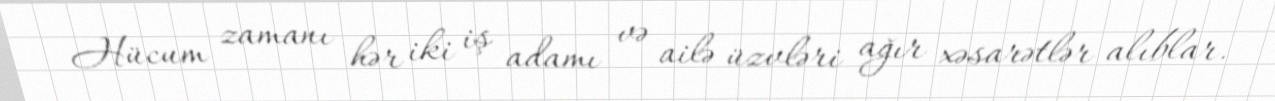
Hücum zamanı hər iki iş adamı və ailə üzvləri ağır xəsarətlər alıblar.